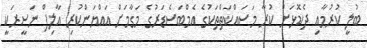
ބުލީ ކުރުމާއި ދެކޮޅަށް ކުރާ މަސައްކަތްތަކުގެ އެމްބަސެޑަރުގެ މަގާމަށް އައްޔަންކުރި އާލިފް ނަސީރަކީ